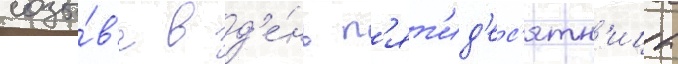
созы́в'е в д'е́нь п'ят'ид'ес'ятн'ицы